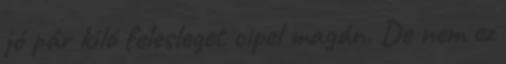
jó pár kiló felesleget cipel magán. De nem ez